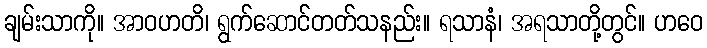
ချမ်းသာကို။ အာဝဟတိ၊ ရွက်ဆောင်တတ်သနည်း။ ရသာနံ၊ အရသာတို့တွင်။ ဟဝေ